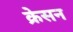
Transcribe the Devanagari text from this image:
क्रेसन